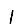
Digit: 1